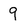
Character: 9